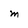
Character: M